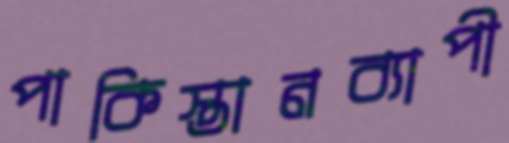
পাকিস্তানব্যাপী